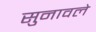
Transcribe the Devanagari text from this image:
सुनावले